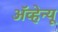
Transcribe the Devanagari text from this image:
अॅव्हेन्यू